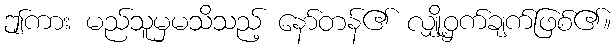
ဤကား မည်သူမှမသိသည့် နော်တန်၏ လျှို့ဝှက်ချက်ဖြစ်၏။